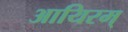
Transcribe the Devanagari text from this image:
आयिरम्